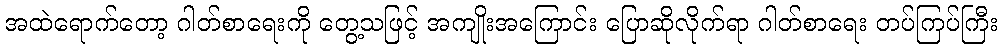
အထဲရောက်တော့ ဂါတ်စာရေးကို တွေ့သဖြင့် အကျိုးအကြောင်း ပြောဆိုလိုက်ရာ ဂါတ်စာရေး တပ်ကြပ်ကြီး